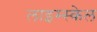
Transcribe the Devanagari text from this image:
लाइम्स्केल